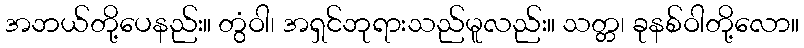
အဘယ်တို့ပေနည်း။ တွံဝါ၊ အရှင်ဘုရားသည်မူလည်း။ သတ္တ၊ ခုနစ်ဝါတို့လော။